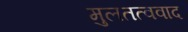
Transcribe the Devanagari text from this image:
मुलतत्ववाद